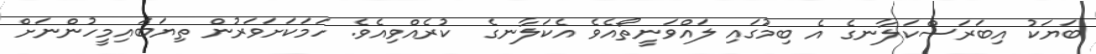
ބަޔަކު އިބަރަސްކަލާނގެ އެ ބިމުގައި ލައްވަނީތޯއެވެ އެކަލާނގެ  ކުރެއްވިއެވެ. ހަމަކަށަވަރުން ތިޔަބައިމީހުންނަށް